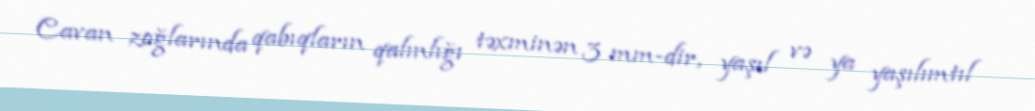
Cavan zoğlarında qabıqların qalınlığı təxminən 3 mm-dir, yaşıl və ya yaşılımtıl